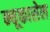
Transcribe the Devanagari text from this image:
न्यूकासेल